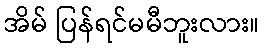
အိမ် ပြန်ရင်မမီဘူးလား။